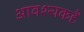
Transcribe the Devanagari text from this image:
आवश्यकहै